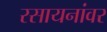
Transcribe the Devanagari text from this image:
रसायनांवर